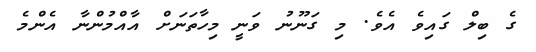
ގެ ބިލް ގައިވެ އެވެ. މި ގަނޫނު ވަނީ މިހާތަނަށް އާއްމުންނާ އެންމެ